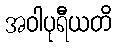
အဝါပုရီယတိ